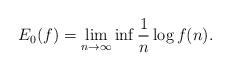
LaTeX: \begin{align*} E_0(f)=\lim\limits_{n\to\infty} \inf \frac 1n \log f(n).\end{align*}